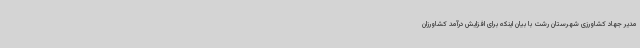
مدیر جهاد کشاورزی شهرستان رشت با بیان اینکه برای افزایش درآمد کشاورزان